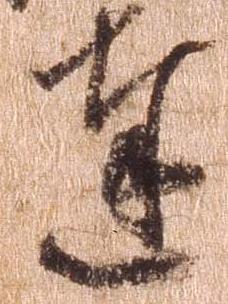
達